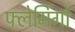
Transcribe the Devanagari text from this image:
फ्लेमिंगों